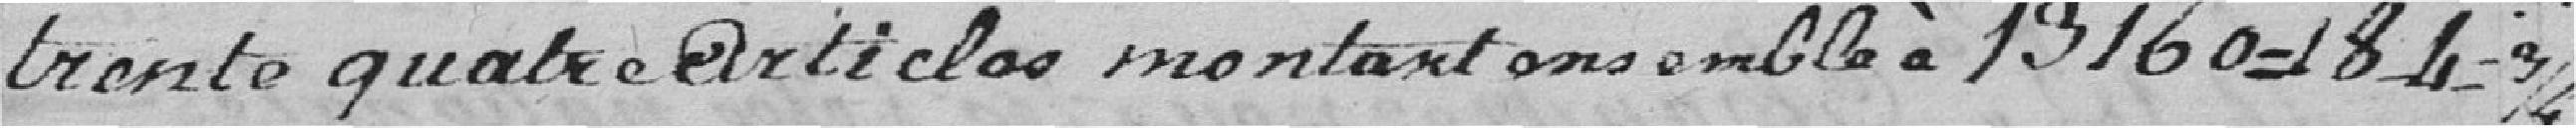
trente quatre articles montant ensemble à 13.160francs ---18---4--3/4